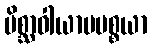
မိစ္ဆာဝါယာမပစ္စယာ